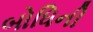
બોધિની